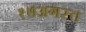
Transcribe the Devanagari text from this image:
१७अगस्त